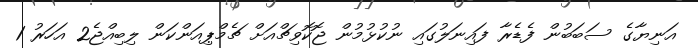
އަނިޔާގެ ސަބަބުން ފެޑެރާ ފައިނަލުގައި ނުކުޅުމުން ޖޮކޮވިޗްއަށް ޗެމްޕިއަންކަން ލިބިއްޖެ2 އަހަރު 1